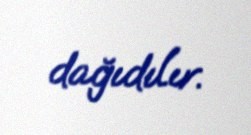
dağıdılır.